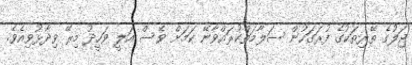
ޖަލުގެ ތޭރިތަކުގެ ފުރަގަހުން ސަލާމަތްކުރައްވާނޭ ކަމަށް ވެސް އަލީ ވަހީދު މިރޭ ވިދާޅުވިއެވެ.